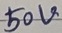
Text: 50V